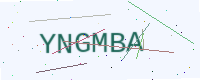
Text: YNGMBA